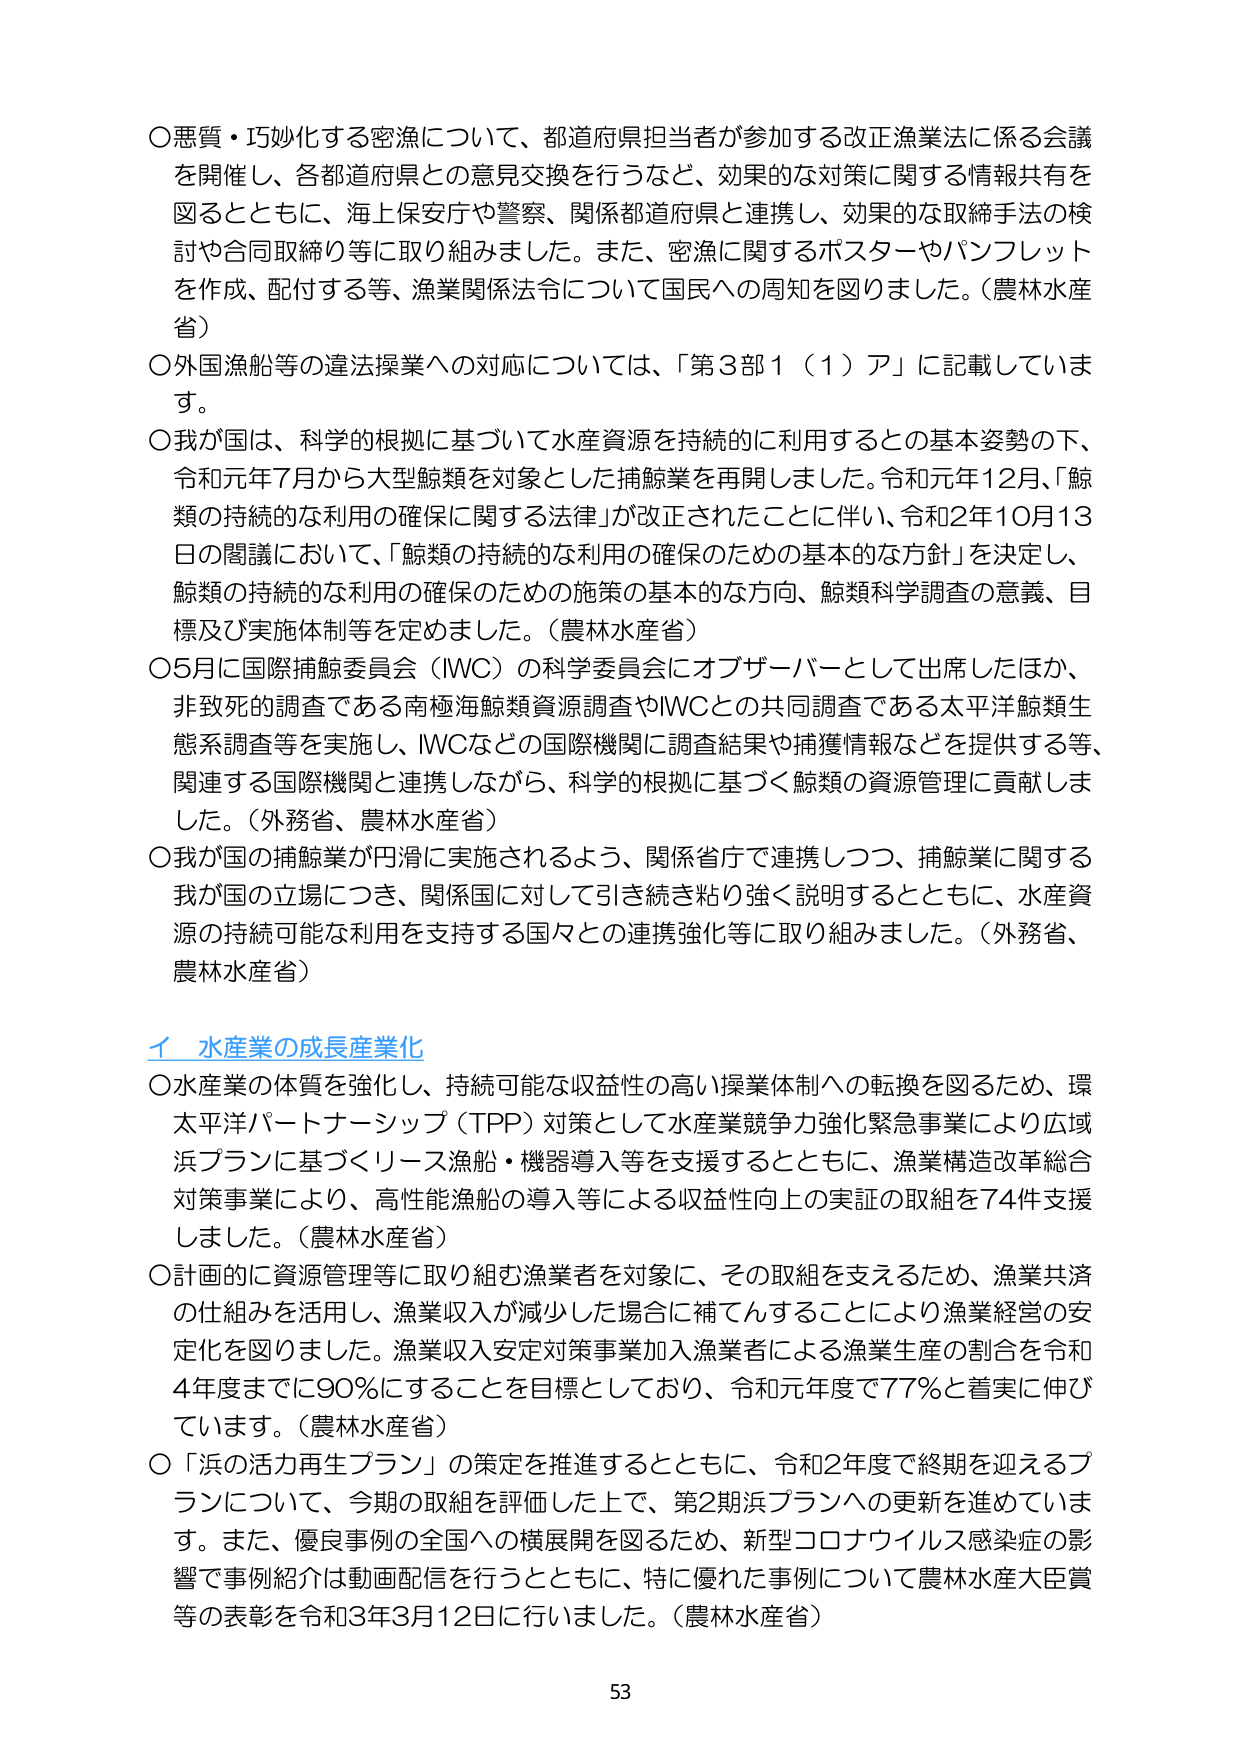
○悪質・巧妙化する密漁について、都道府県担当者が参加する改正漁業法に係る会議を開催し、各都道府県との意見交換を行うなど、効果的な対策に関する情報共有を図るとともに、海上保安庁や警察、関係都道府県と連携し、効果的な取締手法の検討や合同取締り等に取り組みました。また、密漁に関するポスターやパンフレットを作成、配付する等、漁業関係法令について国民への周知を図りました。（農林水産省）

○外国漁船等の違法操業への対応については、「第3部1（1）ア」に記載しています。

○我が国は、科学的根拠に基づいて水産資源を持続的に利用するとの基本姿勢の下、令和元年7月から大型鯨類を対象とした捕鯨業を再開しました。令和元年12月、「鯨類の持続的な利用の確保に関する法律」が改正されたことに伴い、令和2年10月13日の閣議において、「鯨類の持続的な利用の確保のための基本的な方針」を決定し、鯨類の持続的な利用の確保のための施策の基本的な方向、鯨類科学調査の意義、目標及び実施体制等を定めました。（農林水産省）

○5月に国際捕鯨委員会（IWC）の科学委員会にオブザーバーとして出席したほか、非致死的調査である南極海鯨類資源調査やIWCとの共同調査である太平洋鯨類生態系調査等を実施し、IWCなどの国際機関に調査結果や捕獲情報などを提供する等、関連する国際機関と連携しながら、科学的根拠に基づく鯨類の資源管理に貢献しました。（外務省、農林水産省）

○我が国の捕鯨業が円滑に実施されるよう、関係省庁で連携しつつ、捕鯨業に関する我が国の立場につき、関係国に対して引き続き粘り強く説明するとともに、水産資源の持続可能な利用を支持する国々との連携強化等に取り組みました。（外務省、農林水産省）

イ 水産業の成長産業化

○水産業の体質を強化し、持続可能な収益性の高い操業体制への転換を図るため、環太平洋パートナーシップ（TPP）対策として水産業競争力強化緊急事業により広域浜プランに基づくリース漁船・機器導入等を支援するとともに、漁業構造改革総合対策事業により、高性能漁船の導入等による収益性向上の実証の取組を74件支援しました。（農林水産省）

○計画的に資源管理等に取り組む漁業者を対象に、その取組を支えるため、漁業共済の仕組みを活用し、漁業収入が減少した場合に補てんすることにより漁業経営の安定化を図りました。漁業収入安定対策事業加入漁業者による漁業生産の割合を令和4年度までに90％にすることを目標としており、令和元年度で77％と着実に伸びています。（農林水産省）

○「浜の活力再生プラン」の策定を推進するとともに、令和2年度で終期を迎えるプランについて、今期の取組を評価した上で、第2期浜プランへの更新を進めています。また、優良事例の全国への横展開を図るため、新型コロナウイルス感染症の影響で事例紹介は動画配信を行うとともに、特に優れた事例について農林水産大臣賞等の表彰を令和3年3月12日に行いました。（農林水産省）

53